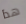
هذا